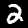
Digit: 2